Scottish Leaving Certificate Examination, 1952
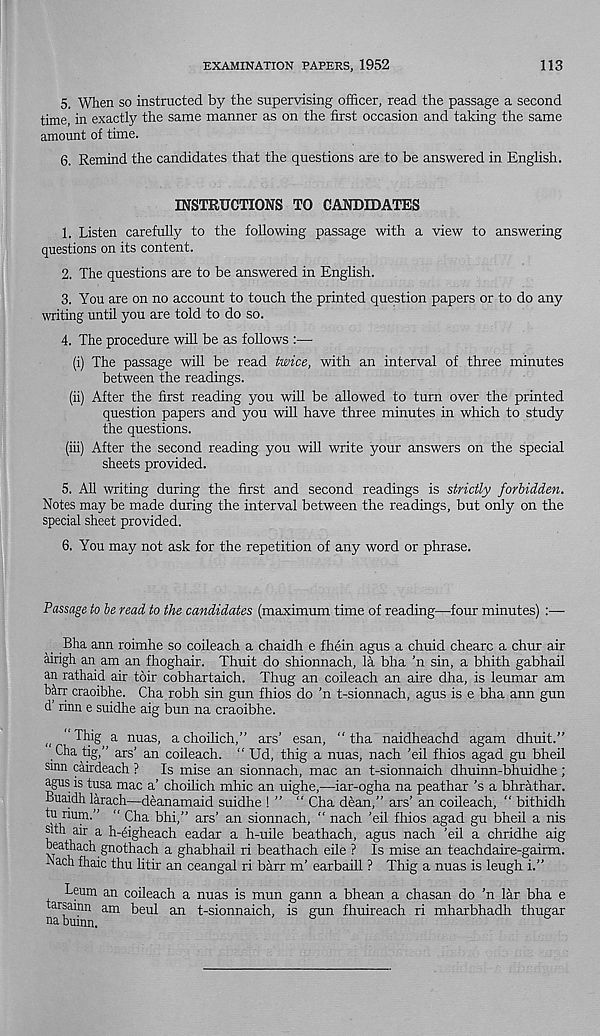
EXAMINATION PAPERS, 1952
113
5. When so instructed by the supervising officer, read the passage a second
time, in exactly the same manner as on the first occasion and taking the same
amount of time.
6. Remind the candidates that the questions are to be answered in English.
INSTRUCTIONS TO CANDIDATES
1. Listen carefully to the following passage with a view to answering
questions on its content.
2. The questions are to be answered in English.
3. You are on no account to touch the printed question papers or to do any
writing until you are told to do so.
4. The procedure will be as follows :—
(i) The passage will be read twice, with an interval of three minutes
between the readings.
(ii) After the first reading you will be allowed to turn over the printed
question papers and you will have three minutes in which to study
the questions.
(in) After the second reading you will write your answers on the special
sheets provided.
5. All writing during the first and second readings is strictly forbidden.
Notes may be made during the interval between the readings, but only on the
special sheet provided.
6. You may not ask for the repetition of any word or phrase.
Passage to be read to the candidates (maximum time of reading—four minutes) :—
Bha ann roimhe so coileach a chaidh e fhein agus a chuid chearc a chur air
Mrigh an am an fhoghair. Thuit do shionnach, la bha ’n sin, a bhith gabhail
an rathaid air toir cobhartaich. Thug an coileach an aire dha, is leumar am
terr craoibhe. Cha robh sin gun fhios do ’n t-sionnach, agus is e bha ann gun
d rinn e suidhe aig bun na craoibhe.
((
Thig a nuas, a choilich,” ars’ esan, “ tha naidheachd agam dhuit.”
Cha tig,” ars’ an coileach. “ Ud, thig a nuas, nach ’eil fhios agad gu bheil
sinn cairdeach ? Is mise an sionnach, mac an t-sionnaich dhuinn-bhuidhe ;
agus is tusa mac a’ choilich mhic an uighe,—iar-ogha na peathar’s a bhrathar.
Buaidh larach—deanamaid suidhe ! ” “ Cha dean,” ars’ an coileach, “ bithidh
t) 1 rium.” “ Cha bhi,” ars’ an sionnach, “ nach ’eil fhios agad gu bheil a nis
sith air a h-eigheach eadar a h-uile beathach, agus nach ’eil a chridhe aig
beathach gnothach a ghabhail ri beathach eile ? Is mise an teachdaire-gairm.
Lach fhaic thu litir an ceangal ri barr m’ earbaill ? Thig a nuas is leugh i.”
Leum an coileach a nuas is mun gann a bhean a chasan do ’n lar bha e
tarsamn am beul an t-sionnaich, is gun fhuireach ri mharbhadh thugar
nabmnn.